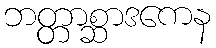
ဘတ္တာစ္ဆာဒကေန